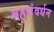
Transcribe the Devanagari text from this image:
बहुसंवर्धन